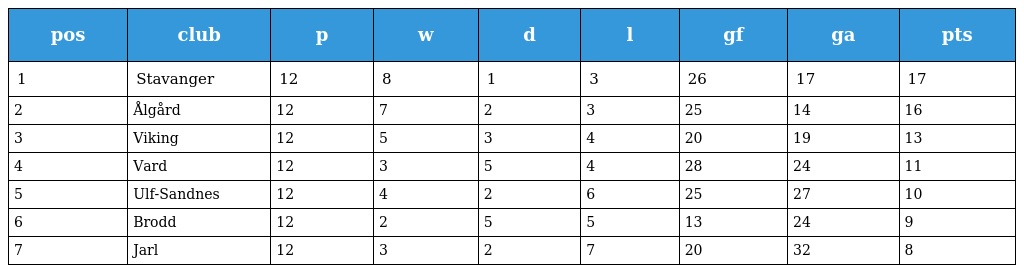
| pos | club | p | w | d | l | gf | ga | pts |
 | --- | --- | --- | --- | --- | --- | --- | --- | --- |
 | 1 | Stavanger | 12 | 8 | 1 | 3 | 26 | 17 | 17 |
 | 2 | Ålgård | 12 | 7 | 2 | 3 | 25 | 14 | 16 |
 | 3 | Viking | 12 | 5 | 3 | 4 | 20 | 19 | 13 |
 | 4 | Vard | 12 | 3 | 5 | 4 | 28 | 24 | 11 |
 | 5 | Ulf-Sandnes | 12 | 4 | 2 | 6 | 25 | 27 | 10 |
 | 6 | Brodd | 12 | 2 | 5 | 5 | 13 | 24 | 9 |
 | 7 | Jarl | 12 | 3 | 2 | 7 | 20 | 32 | 8 |